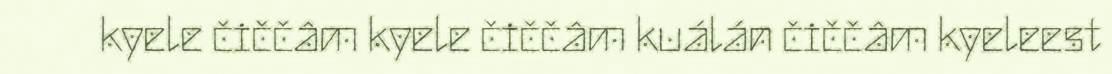
kyele čiččâm kyele čiččâm kuálán čiččâm kyeleest